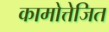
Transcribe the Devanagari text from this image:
कामोत्तेजित